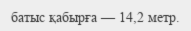
батыс қабырға — 14,2 метр.